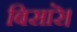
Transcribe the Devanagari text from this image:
बिसारॆ।